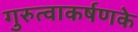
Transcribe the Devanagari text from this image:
गुरुत्वाकर्षणके